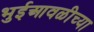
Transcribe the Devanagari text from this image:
भुईआवळीच्या